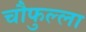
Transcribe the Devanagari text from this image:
चौफुल्ला